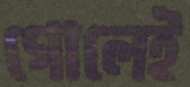
গোলেই